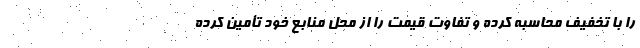
را با تخفیف محاسبه کرده و تفاوت قیمت را از محل منابع خود تأمین کرده